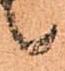
候